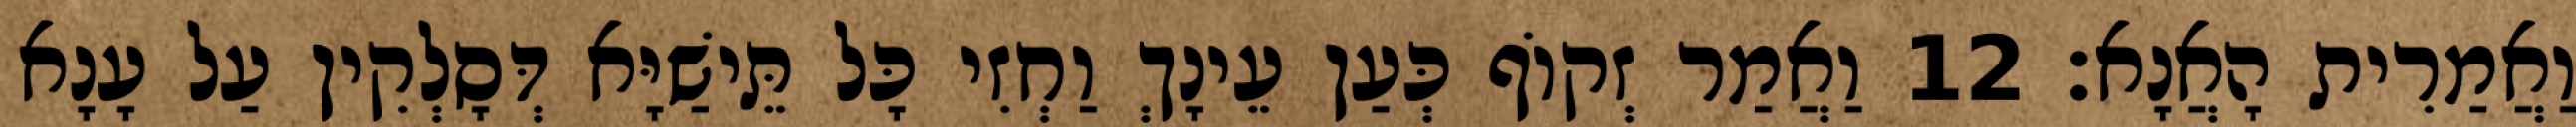
וַאֲמַרִית הָאֲנָא׃ 12 וַאֲמַר זְקוֹף כְּעַן עֵינָךְ וַחְזִי כָּל תֵּישַׁיָּא דְּסָלְקִין עַל עָנָא